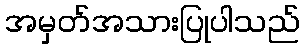
အမှတ်အသားပြုပါသည်